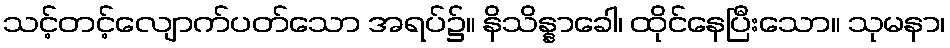
သင့်တင့်လျောက်ပတ်သော အရပ်၌။ နိသိန္နာခေါ၊ ထိုင်နေပြီးသော။ သုမနာ၊